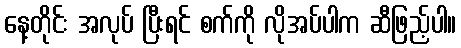
နေ့တိုင်း အလုပ် ပြီးရင် စက်ကို လိုအပ်ပါက ဆီဖြည့်ပါ။